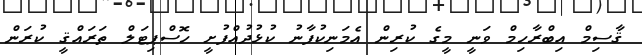
ޤާސިމް އިބްރާހިމް ވަނީ މީގެ ކުރިން އެމަނިކުފާނު ކުޅުދުއްފުށީ ހޮސްޕިޓަލް ތަރައްޤީ ކުރަން